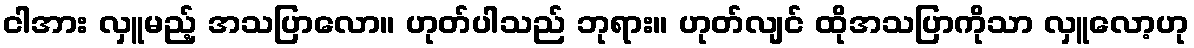
ငါအား လှူမည့် အသပြာလော။ ဟုတ်ပါသည် ဘုရား။ ဟုတ်လျင် ထိုအသပြာကိုသာ လှူလော့ဟု